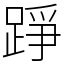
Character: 踭